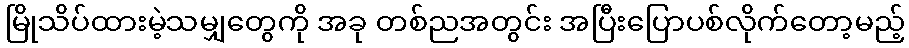
မြိုသိပ်ထားမဲ့သမျှတွေကို အခု တစ်ညအတွင်း အပြီးပြောပစ်လိုက်တော့မည့်